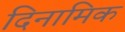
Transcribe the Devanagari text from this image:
दिनामिक